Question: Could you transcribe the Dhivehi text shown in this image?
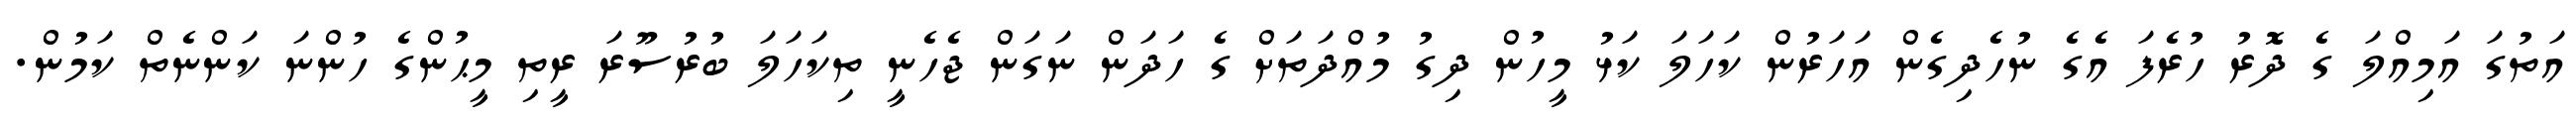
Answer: އަތުގަ އަމިއްލަ ގެ ދޮރު ހުރެފަ އެގެ ނުހެދިގެން އަހަރުން ކަހަލަ ކަޅު މީހުން ދިގު މުއްދަތަށް ގެ ހަދަން ނަގަން ޖެހެނީ ތިކަހަލަ ބުރުސޫރަ ރީތި މީޙުންގެ ހުންނަ ކަންނެތް ކަމުން.